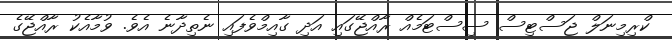
ކްރިމިނަލް ޖަސްޓިސް ސިސްޓަމެއް ރާއްޖޭގައި އަދި ގާއިމްވެފައި ނެތިދާނެ އެވެ. ވުމާއެކު ރާއްޖޭގެ